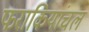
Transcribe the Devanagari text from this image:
फराकियांचल